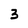
Character: 3